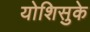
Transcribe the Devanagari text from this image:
योशिसुके